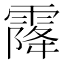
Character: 𩄐